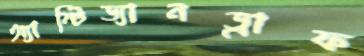
অ্যান্টিড্যানড্রাফ